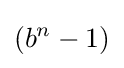
\left(b^{n}-1\right)